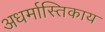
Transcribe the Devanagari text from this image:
अधर्मास्तिकाय